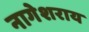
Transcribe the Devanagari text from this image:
नागेशराय